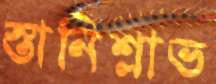
স্তানিশ্লাভ